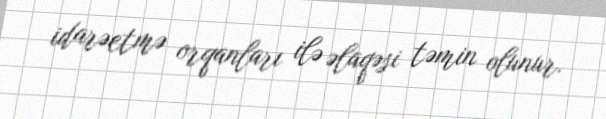
idarəetmə orqanları ilə əlaqəsi təmin olunur.